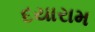
દયારામ